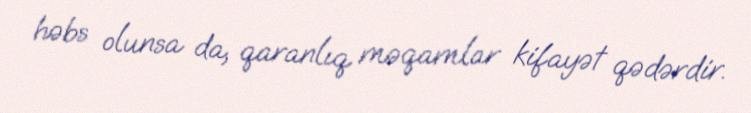
həbs olunsa da, qaranlıq məqamlar kifayət qədərdir.